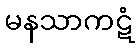
မနသာကဋံ